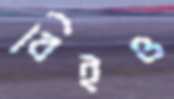
বিইও